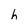
Character: h